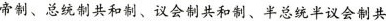
帝制、总统制共和制、议会制共和制、半总统半议会制共